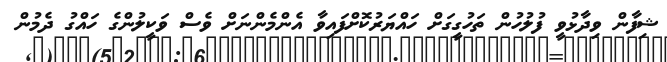
ޝިފާން ވިދާޅުވީ ފުލުހުން ތަހުގީގަށް ހައްޔަރުކޮށްފައިވާ އެންމެންނަށް ވެސް ވަކީލުންގެ ހައްގު ދެމުން